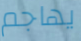
يهاجم